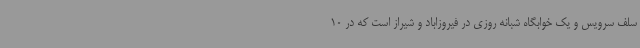
سلف سرویس و یک خوابگاه شبانه روزی در فیروزاباد و شیراز است که در 10